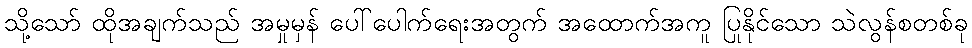
သို့သော် ထိုအချက်သည် အမှုမှန် ပေါ်ပေါက်ရေးအတွက် အထောက်အကူ ပြုနိုင်သော သဲလွန်စတစ်ခု